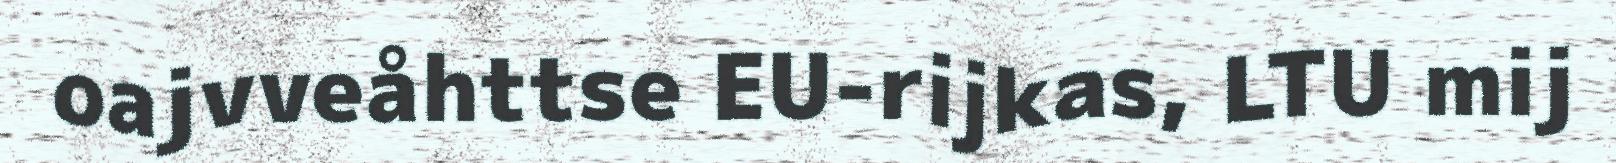
oajvveåhttse EU-rijkas, LTU mij